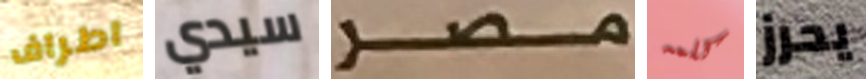
اطراف سيدي مصر كلمه يحرز